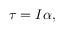
{ \boldsymbol { \tau } } = I { \boldsymbol { \alpha } } ,